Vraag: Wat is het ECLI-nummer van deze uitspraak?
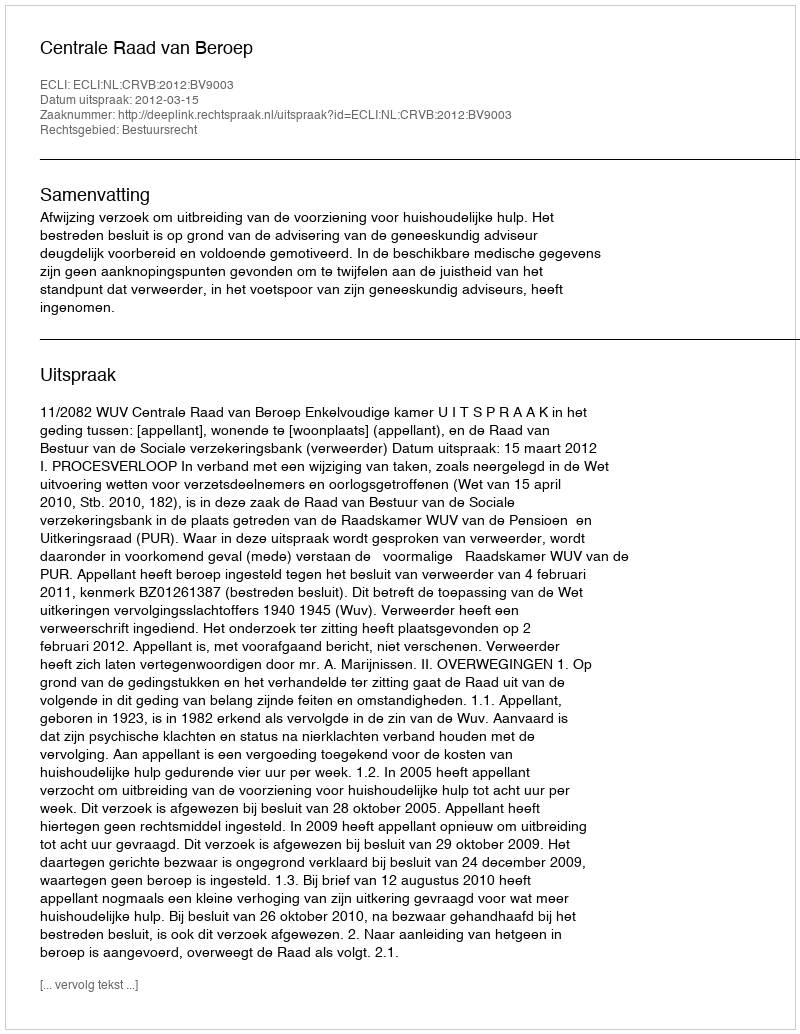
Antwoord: ECLI:NL:CRVB:2012:BV9003